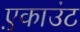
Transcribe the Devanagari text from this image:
ए़काउंट